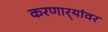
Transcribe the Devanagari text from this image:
करणार्‍यांवर